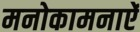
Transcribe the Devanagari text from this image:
मनोकामनाऐं